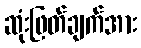
ဆုံးဖြတ်ချက်အား